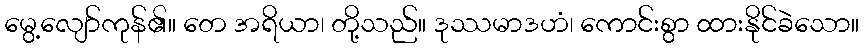
မွေ့လျော်ကုန်၏။ တေ အရိယာ၊ တို့သည်။ ဒုဿမာဒဟံ၊ ကောင်းစွာ ထားနိုင်ခဲသော။